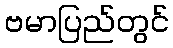
ဗမာပြည်တွင်